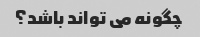
چگونه می تواند باشد؟